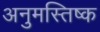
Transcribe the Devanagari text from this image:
अनुमस्तिष्‍क